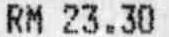
RM 23.30